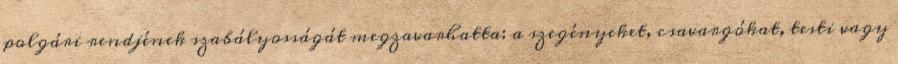
polgári rendjének szabályosságát megzavarhatta: a szegényeket, csavargókat, testi vagy